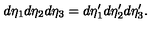
d \eta _ { 1 } d \eta _ { 2 } d \eta _ { 3 } = d \eta _ { 1 } ^ { \prime } d \eta _ { 2 } ^ { \prime } d \eta _ { 3 } ^ { \prime } .